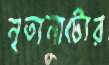
নৃত্যনাট্যের